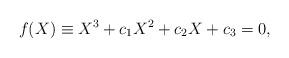
LaTeX: \begin{align*}f(X)\equiv X^3 + c_1 X^2 +c_2 X +c_3 =0, \end{align*}